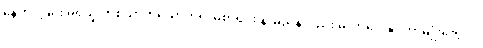
နေထိုင်ခြင်း မရှိသူ တစ်ယာက်ယောက်ရဲ့ မဲစာရင်း နာမည်နဲ့လည်း မဲလာပေးနိုင်တာမျိုးတွေပါ။